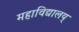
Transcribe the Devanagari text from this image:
महाविद्यालय्